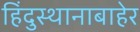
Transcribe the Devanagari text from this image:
हिंदुस्थानाबाहेर